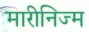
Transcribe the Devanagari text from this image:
मारीनिज्म